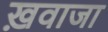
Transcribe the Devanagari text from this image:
ख़वाजा